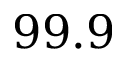
9 9 . 9